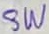
Text: SW